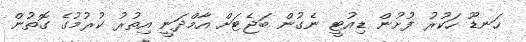
ހަނޑޫ ހަކުރު ފުށުން ޑިއުޓީ ނެގުން ބަޖެޓަށް އާމްދަނީ އިތުރު ކުރުމުގެ ގޮތުން